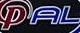
PAL